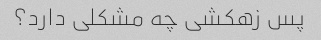
پس زهکشی چه مشکلی دارد؟